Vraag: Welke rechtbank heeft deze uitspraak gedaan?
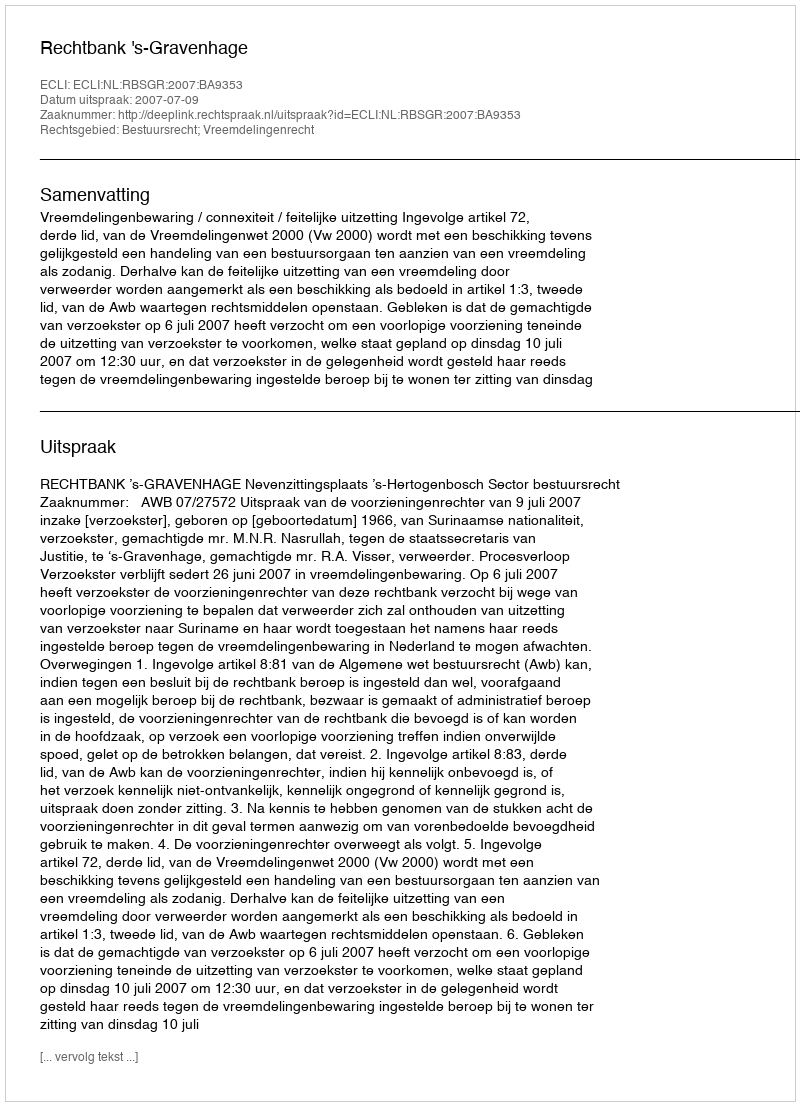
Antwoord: Rechtbank 's-Gravenhage